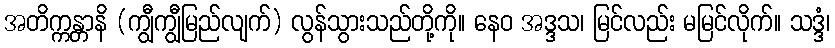
အတိက္ကန္တာနိ (ကျွီကျွီမြည်လျက်) လွန်သွားသည်တို့ကို။ နေဝ အဒ္ဒသ၊ မြင်လည်း မမြင်လိုက်။ သဒ္ဒံ၊